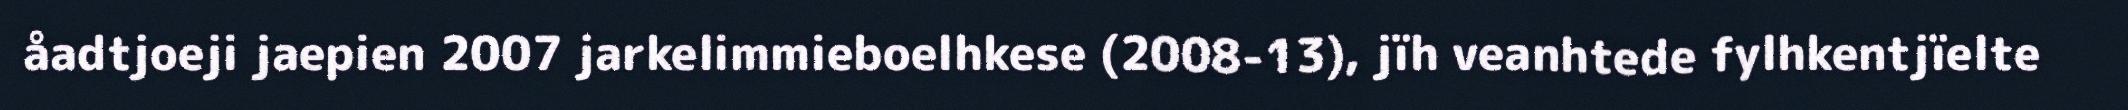
åadtjoeji jaepien 2007 jarkelimmieboelhkese (2008-13), jïh veanhtede fylhkentjïelte